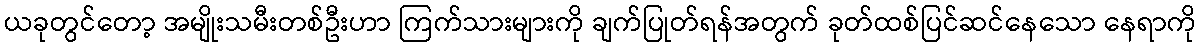
ယခုတွင်တော့ အမျိုးသမီးတစ်ဦးဟာ ကြက်သားများကို ချက်ပြုတ်ရန်အတွက် ခုတ်ထစ်ပြင်ဆင်နေသော နေရာကို